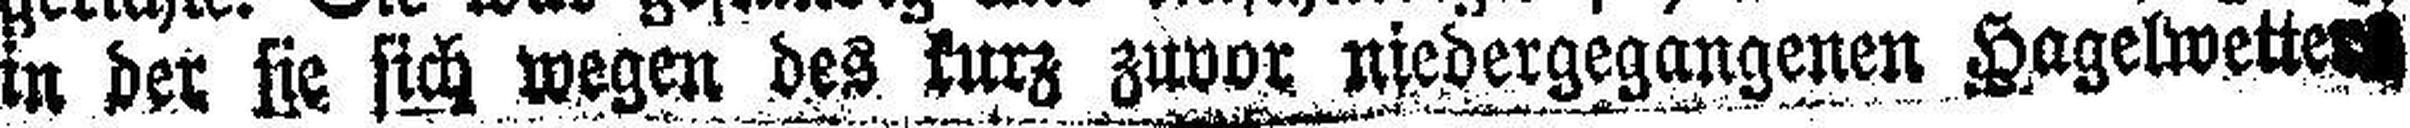
in der sie sich wegen des kurz zuvor niedergegangenen Hagelwette###